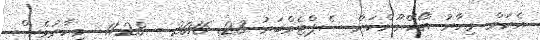
އެކަމް މިހާރު އޯކޭނޫންކަން ސެޕްޓެމްބަރު 23